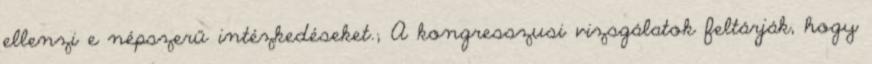
ellenzi e népszerű intézkedéseket.; A kongresszusi vizsgálatok feltárják, hogy